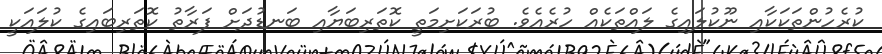
ކުރެހުންތަކަކާއި ނޫކުލައިގެ ލައްތަކެއް ހުރެއެވެ. ބުރަކަށިމަތީ ކޮތަރިބަޔާއި ބަނޑުދަށް ފަރާތު ކޮތަރިބައިގެ ކުލައަކީ